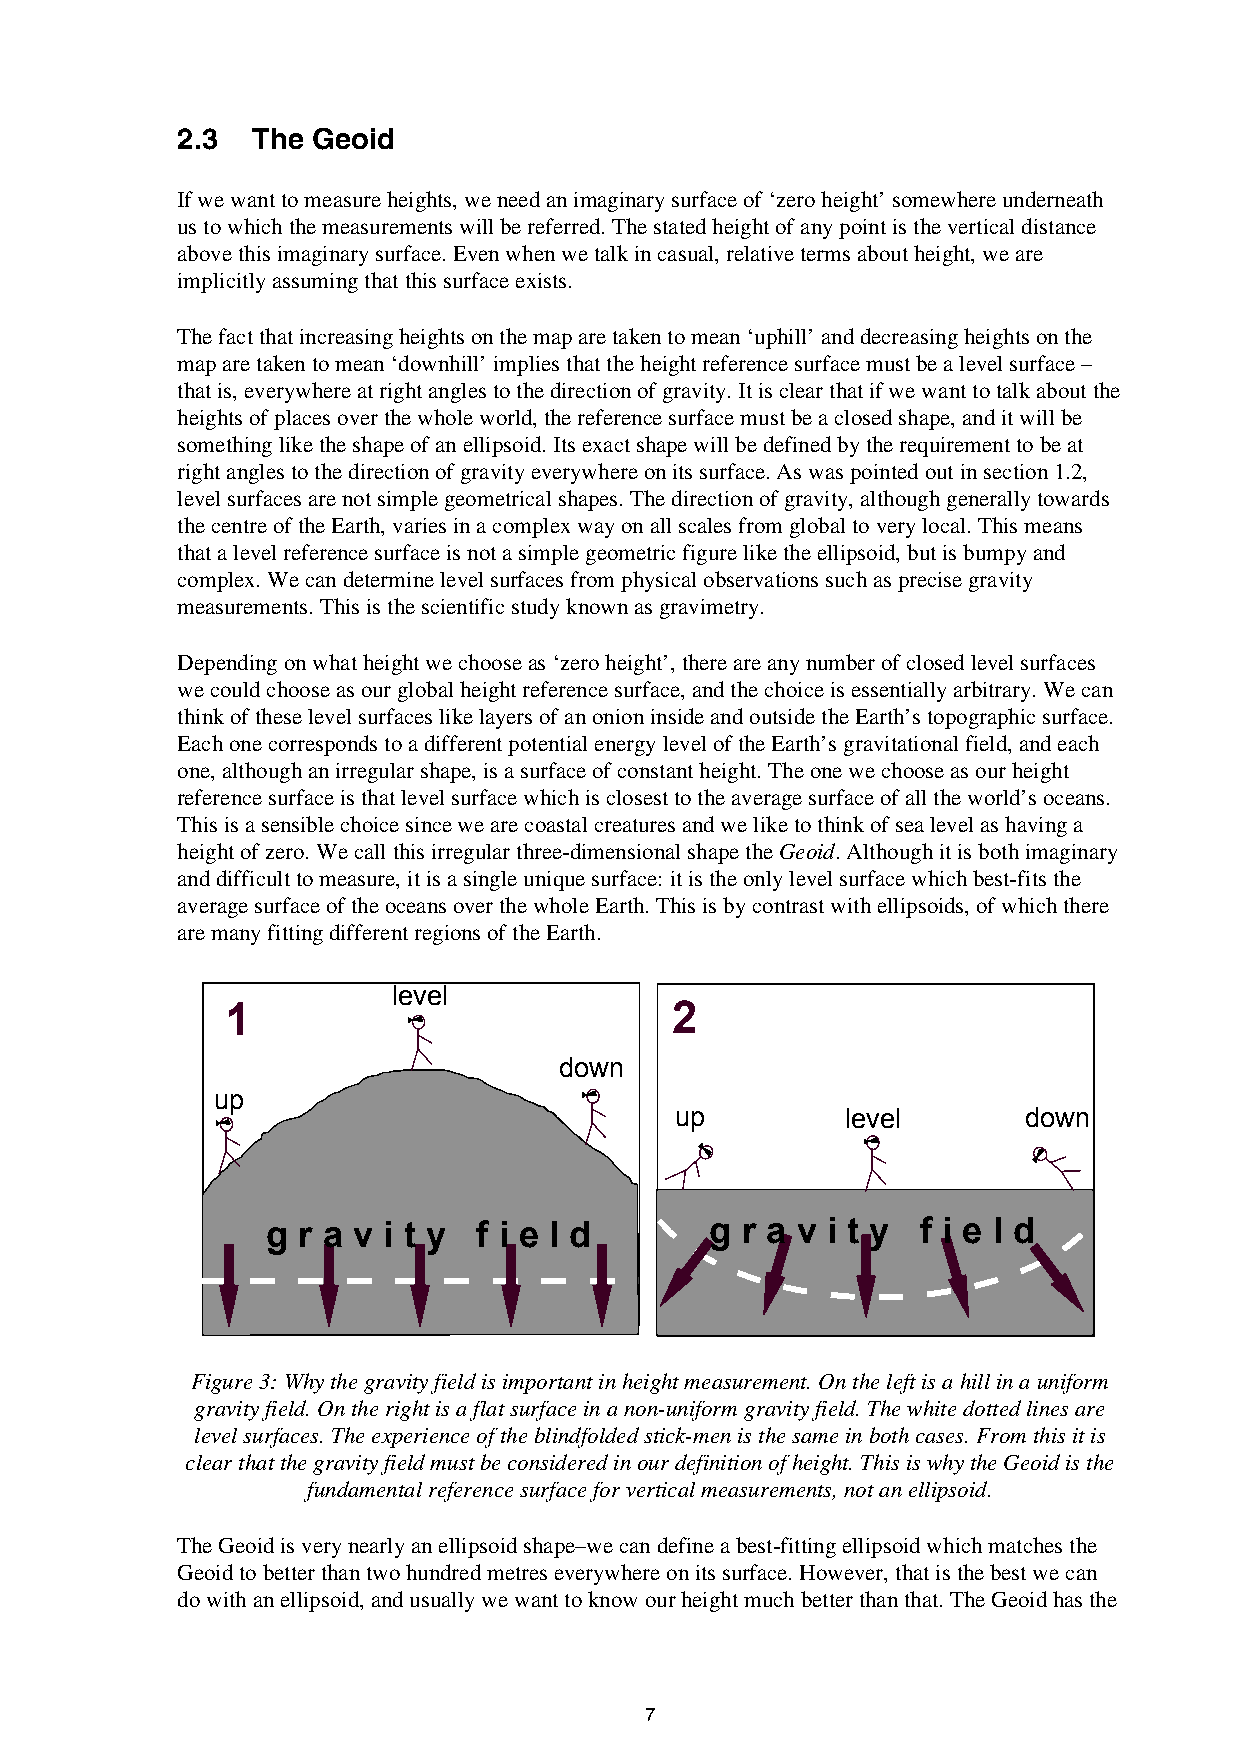
2.3  The Geoid
 If we want to measure heights, we need an imaginary surface of ‘zero height’ somewhere underneath
 us to which the measurements will be referred. The stated height of any point is the vertical distance
 above this imaginary surface. Even when we talk in casual, relative terms about height, we are
 implicitly assuming that this surface exists.
 The fact that increasing heights on the map are taken to mean ‘uphill’ and decreasing heights on the
 map are taken to mean ‘downhill’ implies that the height reference surface must be a level surface –
 that is, everywhere at right angles to the direction of gravity. It is clear that if we want to talk about the
 heights of places over the whole world, the reference surface must be a closed shape, and it will be
 something like the shape of an ellipsoid. Its exact shape will be defined by the requirement to be at
 right angles to the direction of gravity everywhere on its surface. As was pointed out in section 1.2,
 level surfaces are not simple geometrical shapes. The direction of gravity, although generally towards
 the centre of the Earth, varies in a complex way on all scales from global to very local. This means
 that a level reference surface is not a simple geometric figure like the ellipsoid, but is bumpy and
 complex. We can determine level surfaces from physical observations such as precise gravity
 measurements. This is the scientific study known as gravimetry.
 Depending on what height we choose as ‘zero height’, there are any number of closed level surfaces
 we could choose as our global height reference surface, and the choice is essentially arbitrary. We can
 think of these level surfaces like layers of an onion inside and outside the Earth’s topographic surface.
 Each one corresponds to a different potential energy level of the Earth’s gravitational field, and each
 one, although an irregular shape, is a surface of constant height. The one we choose as our height
 reference surface is that level surface which is closest to the average surface of all the world’s oceans.
 This is a sensible choice since we are coastal creatures and we like to think of sea level as having a
 height of zero. We call this irregular three-dimensional shape the Geoid. Although it is both imaginary
 and difficult to measure, it is a single unique surface: it is the only level surface which best-fits the
 average surface of the oceans over the whole Earth. This is by contrast with ellipsoids, of which there
 are many fitting different regions of the Earth.
 level
 1                            2
 down
 up
 up         level       down
 g r a v i t y f i e l d      g r a v i t y f i e l d
 Figure 3: Why the gravity field is important in height measurement. On the left is a hill in a uniform
 gravity field. On the right is a flat surface in a non-uniform gravity field. The white dotted lines are
 level surfaces. The experience of the blindfolded stick-men is the same in both cases. From this it is
 clear that the gravity field must be considered in our definition of height. This is why the Geoid is the
 fundamental reference surface for vertical measurements, not an ellipsoid.
 The Geoid is very nearly an ellipsoid shape–we can define a best-fitting ellipsoid which matches the
 Geoid to better than two hundred metres everywhere on its surface. However, that is the best we can
 do with an ellipsoid, and usually we want to know our height much better than that. The Geoid has the
 7